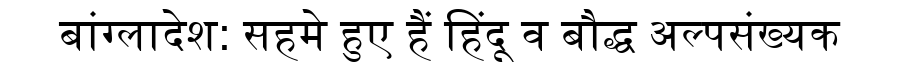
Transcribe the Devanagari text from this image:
बांग्लादेश: सहमे हुए हैं हिंदू व बौद्ध अल्पसंख्यक